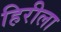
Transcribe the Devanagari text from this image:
हिरीला